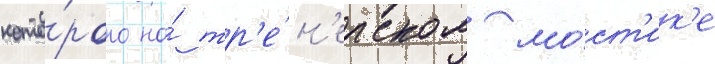
кото́рого на́ тр'е́н'ерском мо́ст'ик'е